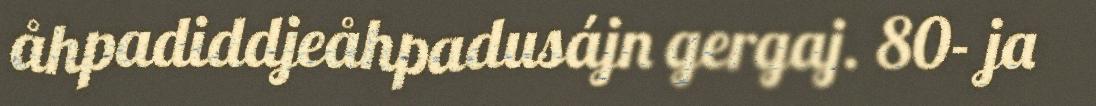
åhpadiddjeåhpadusájn gergaj. 80- ja